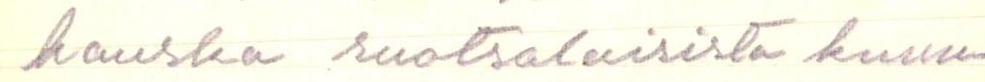
hauska ruotsalaisista kuun-